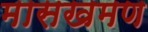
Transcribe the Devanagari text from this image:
मासखमण